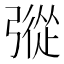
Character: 𢐔